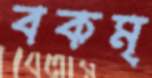
বকম্